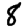
Digit: 8